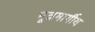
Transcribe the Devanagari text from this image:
मूत्रमार्गीय